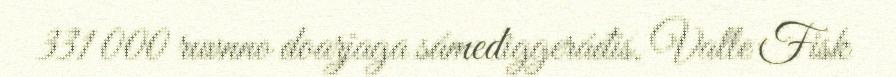
331 000 ruvnno doarjaga sámediggeráđis. Valle Fisk